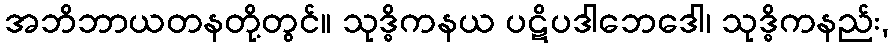
အဘိဘာယတနတို့တွင်။ သုဒ္ဓိကနယ ပဋိပဒါဘေဒေါ၊ သုဒ္ဓိကနည်း,